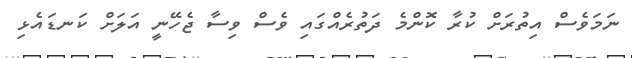
ނަމަވެސް އިތުރަށް ކުރާ ކޮންމެ ދަތުރެއްގައި ވެސް ވިސާ ޖެހޭނީ އަލަށް ކަނޑައެޅި